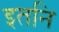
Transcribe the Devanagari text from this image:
इतनि